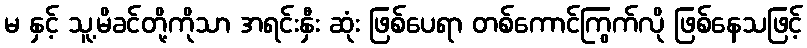
မ နှင့် သူ့မိခင်တို့ကိုသာ အရင်းနှီး ဆုံး ဖြစ်ပေရာ တစ်ကောင်ကြွက်လို ဖြစ်နေသဖြင့်